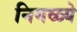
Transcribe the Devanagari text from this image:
निगळ्ये